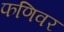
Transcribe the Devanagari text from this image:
फणिवर